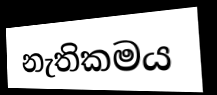
නැතිකමය